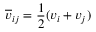
\overline { { \boldsymbol { v } } } _ { i j } = \frac { 1 } { 2 } ( \boldsymbol { v } _ { i } + \boldsymbol { v } _ { j } )